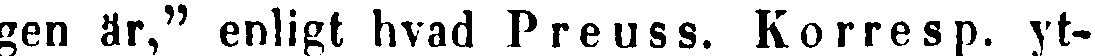
gen är," enligt hvad Preuss. Korresp. yt-